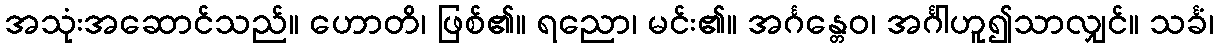
အသုံးအဆောင်သည်။ ဟောတိ၊ ဖြစ်၏။ ရညော၊ မင်း၏။ အင်္ဂန္တေဝ၊ အင်္ဂါဟူ၍သာလျှင်။ သင်္ခံ၊